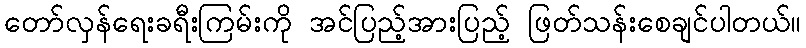
တော်လှန်ရေးခရီးကြမ်းကို အင်ပြည့်အားပြည့် ဖြတ်သန်းစေချင်ပါတယ်။